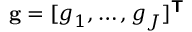
\mathbf { g } = [ \boldsymbol { g } _ { 1 } , \ldots , \boldsymbol { g } _ { J } ] ^ { \boldsymbol { \mathsf { T } } }